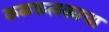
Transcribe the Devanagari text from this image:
कळफलकाचा